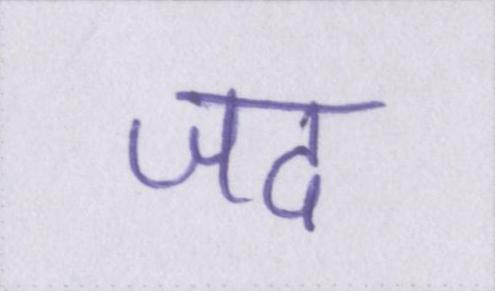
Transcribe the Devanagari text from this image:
जद